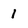
Character: l